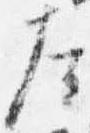
左